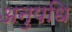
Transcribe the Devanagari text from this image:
अनुपधि